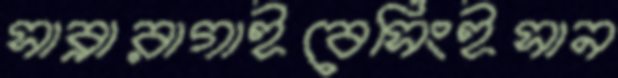
সাব্রারাগাইবেসিংইসান